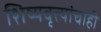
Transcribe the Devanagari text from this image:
शिष्यवृत्त्यांचाही